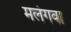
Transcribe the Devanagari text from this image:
मलंगवा